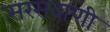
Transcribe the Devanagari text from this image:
सरसवाणी